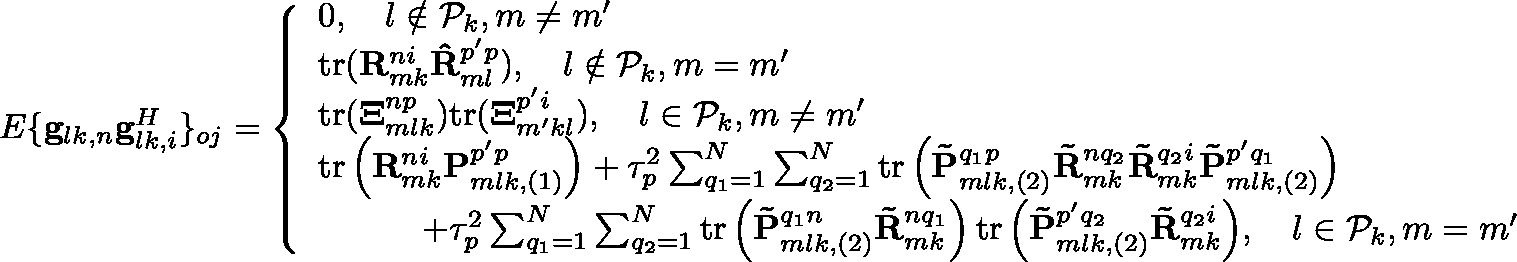
\begin{array} { r } { \mathbb { E } \{ \mathbf { g } _ { l k , n } \mathbf { g } _ { l k , i } ^ { H } \} _ { o j } = \left\{ \begin{array} { l l } { 0 , \quad l \notin \mathcal { P } _ { k } , m \ne m ^ { \prime } } \\ { \mathrm { t r ( } \mathbf { R } _ { m k } ^ { n i } \mathbf { \hat { R } } _ { m l } ^ { p ^ { \prime } p } ) , \quad l \notin \mathcal { P } _ { k } , m = m ^ { \prime } } \\ { \mathrm { t r ( } \mathbf { \Xi } _ { m l k } ^ { n p } ) \mathrm { t r ( } \mathbf { \Xi } _ { m ^ { \prime } k l } ^ { p ^ { \prime } i } ) , \quad l \in \mathcal { P } _ { k } , m \ne m ^ { \prime } } \\ { \mathrm { t r } \left( \mathbf { R } _ { m k } ^ { n i } \mathbf { P } _ { m l k , \left( 1 \right) } ^ { p ^ { \prime } p } \right) + \tau _ { p } ^ { 2 } \sum _ { q _ { 1 } = 1 } ^ { N } { \sum _ { q _ { 2 } = 1 } ^ { N } { \mathrm { t r } \left( \mathbf { \tilde { P } } _ { m l k , \left( 2 \right) } ^ { q _ { 1 } p } \mathbf { \tilde { R } } _ { m k } ^ { n q _ { 2 } } \mathbf { \tilde { R } } _ { m k } ^ { q _ { 2 } i } \mathbf { \tilde { P } } _ { m l k , \left( 2 \right) } ^ { p ^ { \prime } q _ { 1 } } \right) } } } \\ { \quad \quad \quad + \tau _ { p } ^ { 2 } \sum _ { q _ { 1 } = 1 } ^ { N } { \sum _ { q _ { 2 } = 1 } ^ { N } { \mathrm { t r } \left( \mathbf { \tilde { P } } _ { m l k , \left( 2 \right) } ^ { q _ { 1 } n } \mathbf { \tilde { R } } _ { m k } ^ { n q _ { 1 } } \right) \mathrm { t r } \left( \mathbf { \tilde { P } } _ { m l k , \left( 2 \right) } ^ { p ^ { \prime } q _ { 2 } } \mathbf { \tilde { R } } _ { m k } ^ { q _ { 2 } i } \right) } } , \quad l \in \mathcal { P } _ { k } , m = m ^ { \prime } \quad } \end{array} \right. } \end{array}